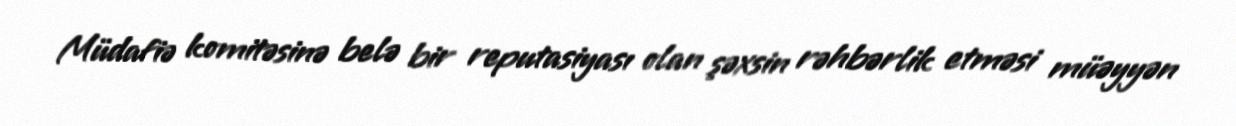
Müdafiə komitəsinə belə bir reputasiyası olan şəxsin rəhbərlik etməsi müəyyən